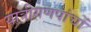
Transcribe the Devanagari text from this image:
यात्रीगणपांचों